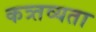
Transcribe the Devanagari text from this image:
कत्र्तव्यता